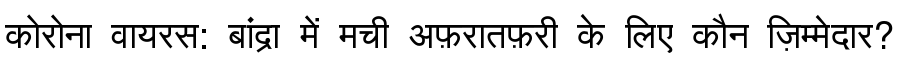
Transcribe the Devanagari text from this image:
कोरोना वायरस: बांद्रा में मची अफ़रातफ़री के लिए कौन ज़िम्मेदार?